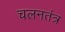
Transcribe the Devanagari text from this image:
चलनतंत्र